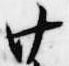
廿